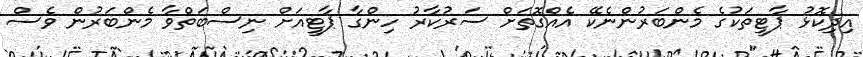
އިދިކޮޅު ޕާޓީތަކުގެ މެންބަރުންނެކޭ އެއްގޮތަށް ސަރުކާރު ހިންގާ ޕާޓީއަށް ނިސްބަތްވާ މެންބަރުން ވެސް